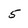
Character: 5